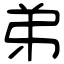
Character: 弟